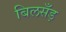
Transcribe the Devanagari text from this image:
बिलसँड़